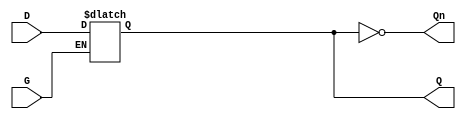
module GatedDLatch (
    input wire D,    // Data input
    input wire G,    // Gate/Enable input
    output reg Q,    // Output
    output wire Qn   // Complement of Output
);

// Complement of Q
assign Qn = ~Q;

// Always block to model the behavior of the Gated D Latch
always @(*) begin
    if (G) begin
        Q = D;  // When G is high, Q takes the value of D
    end
    // When G is low, Q retains its previous value (no assignment needed)
end

endmodule